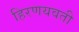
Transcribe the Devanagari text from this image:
हिरणयवती